Vaccination in Bombay 1874-1876 - 1874-1876
Year: 1874
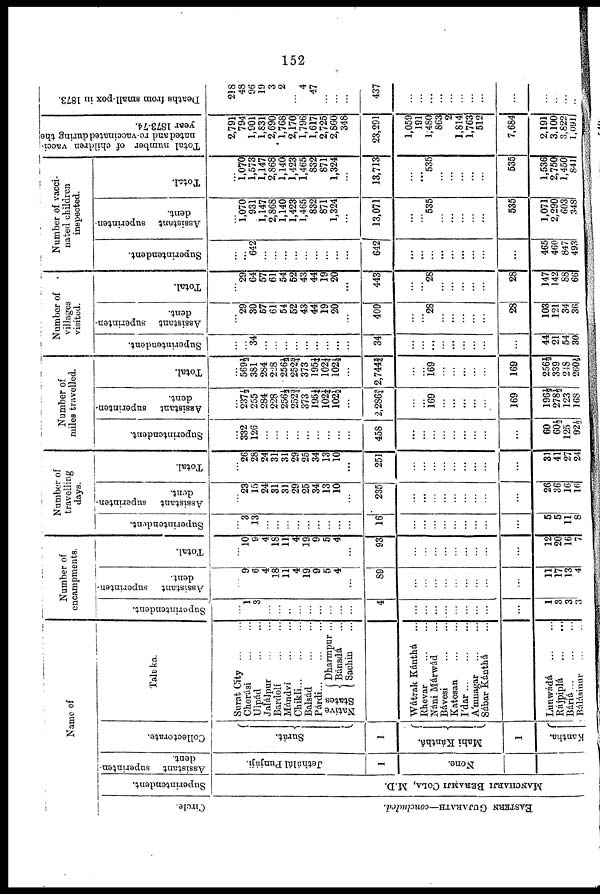
152
Name of
Circle.
EASTERN GUJARATH—concluded.
Superintendent.
MANCHARJI BERAMJI COLA, M.D.
Assistant superinten-
dent.
Jethálál Punjáji,
1
None.
Collectorate.
Surát.
1
Mahi Kánthá.
1
Kantha.
Taluka.
Surat City
...
...
Chorási ... ...
Ulpád
...
...
Jalálpur ... ...
Bardolí
...
...
Mándví
...
...
Chikli ... ... ...
Balsád
...
...
Párdi
...
...
...
Native
States
Dharmpur ...
Bánsdá ...
Sachin ...
Wátrak Kánthá ...
Rhevar
...
...
Náni Márwád ...
Bávesi
...
...
Katosan ... ...
Ídar ... ... ...
Ámnagar ... ...
Sábar Kánthá ...
Lunwádá
...
...
Rájpiplá
...
...
Báriá
...
...
...
Bálásinur ... ...
Number of
encampments.
Superintendent.
...
1
3
...
...
...
...
...
...
...
...
...
4
...
...
...
...
...
...
...
...
...
1
3
3
3
Assistant superinten-
dent.
...
9
6
4
18
11
4
19
9
5
4
...
89
...
...
...
...
...
...
...
...
...
11
17
13
4
Total.
...
10
9
4
18
11
4
19
9
5
4
...
93
...
...
...
...
...
...
...
...
...
12
20
16
7
Number of
travelling
days.
Superintendent.
...
3
13
...
...
...
...
...
...
...
...
...
16
...
...
...
...
...
...
...
...
...
5
5
11
8
Assistant
superinten-
dent.
...
23
15
24
31
31
29
25
34
13
10
...
235
...
...
...
...
...
...
...
...
...
26
36
16
16
Total.
...
26
28
24
31
31
29
25
34
13
10
...
251
...
...
...
...
...
...
...
...
...
31
41
27
24
Number of
miles travelled.
Superintendent.
...
332
126
...
...
...
...
...
...
...
...
...
458
...
...
...
...
...
...
...
...
...
60
60½
125
92½
Assistant
superinten-
dent.
...
237½
255
284
228
256½
252¾
373
195¼
102¼
102½
...
2,286¾
...
...
169
...
...
...
...
...
169
196½
278½
123
168
Total.
...
569½
381
284
228
256½
252¾
373
195¼
102¼
102½
...
2,744¾
...
...
169
...
...
...
...
...
169
256½
339
248
260½
Number of
villages
visited.
Superintendent.
...
...
34
...
...
...
...
...
...
...
...
...
34
...
...
...
...
...
...
...
...
...
44
21
54
30
Assistant
superinten-
dent.
...
29
30
67
61
54
52
43
44
19
20
...
409
...
...
28
...
...
...
...
...
23
103
121
34
36
Total.
...
29
64
57
61
54
52
43
44
19
20
...
443
...
...
28
...
...
...
...
...
28
147
142
88
66
Number of vacci-
nated children
inspected.
Superintendent.
...
...
642
...
...
...
...
...
...
...
...
...
642
...
...
...
...
...
...
...
...
...
465
460
847
493
Assistant superinten-
dent.
...
1,070
931
1,147
2,868
1,140
1,423
1,465
832
871
1,324
...
13,071
...
...
535
...
...
...
...
...
535
1,071
2,290
603
348
Total.
...
1,070
1,573
1,147
2,868
1,140,
1,423
1,465
832
871
1,324
...
13,713
...
...
535
...
...
...
...
...
535
1,536
2,750
1,450
841
Total number of children vacci-
nated and re-vaccinated during the
year 1873-74.
2,791
794
1,901
1,831
2,690
1,768
2,170
1,796
1,617
2,725
2,860
348
23,291
1,059
191
1,480
863
2
1,814
1,763
512
7,684
2,191
3,100
3,822
1,091
Deaths from small-pox in 1873.
218
48
96
19
3
2
...
4
47
...
...
...
437
...
...
...
...
...
...
...
...
...
...
...
...
...